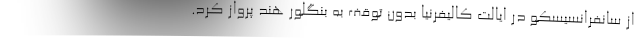
از سانفرانسیسکو در ایالت کالیفرنیا بدون توقف به بنگلور هند پرواز کرد.